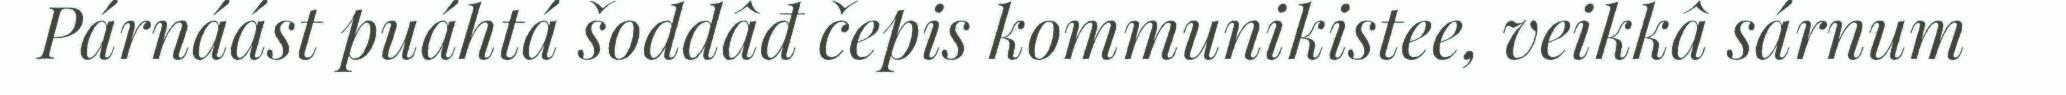
Párnáást puáhtá šoddâđ čepis kommunikistee, veikkâ sárnum